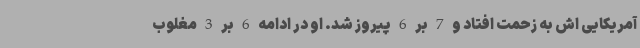
آمریکایی اش به زحمت افتاد و 7 بر 6 پیروز شد. او در ادامه 6 بر 3 مغلوب